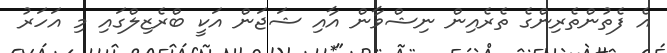
އެ ފެތުންތެރިންގެ ތެރެއިން ނިޝްވާން އާއި ޝަޖަން އަކީ ބްރެޒިލްގައި މި އަހަރު